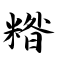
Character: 糌